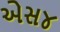
એસ૪